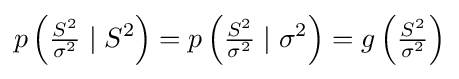
p\left({\tfrac {S^{2}}{\sigma ^{2}}}\mid S^{2}\right)=p\left({\tfrac {S^{2}}{\sigma ^{2}}}\mid \sigma ^{2}\right)=g\left({\tfrac {S^{2}}{\sigma ^{2}}}\right)